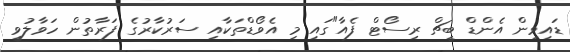
ޑައިވިން އެންޑް ބީޗް ރިސޯޓް ފެއާ"ގައި މި އެވޯޑްތަކާއި ސަރުކާރުގެ ފަރާތުން ހަވާލުވީ